Vaimela_(Pragi)_vallavalitsus, lk 5
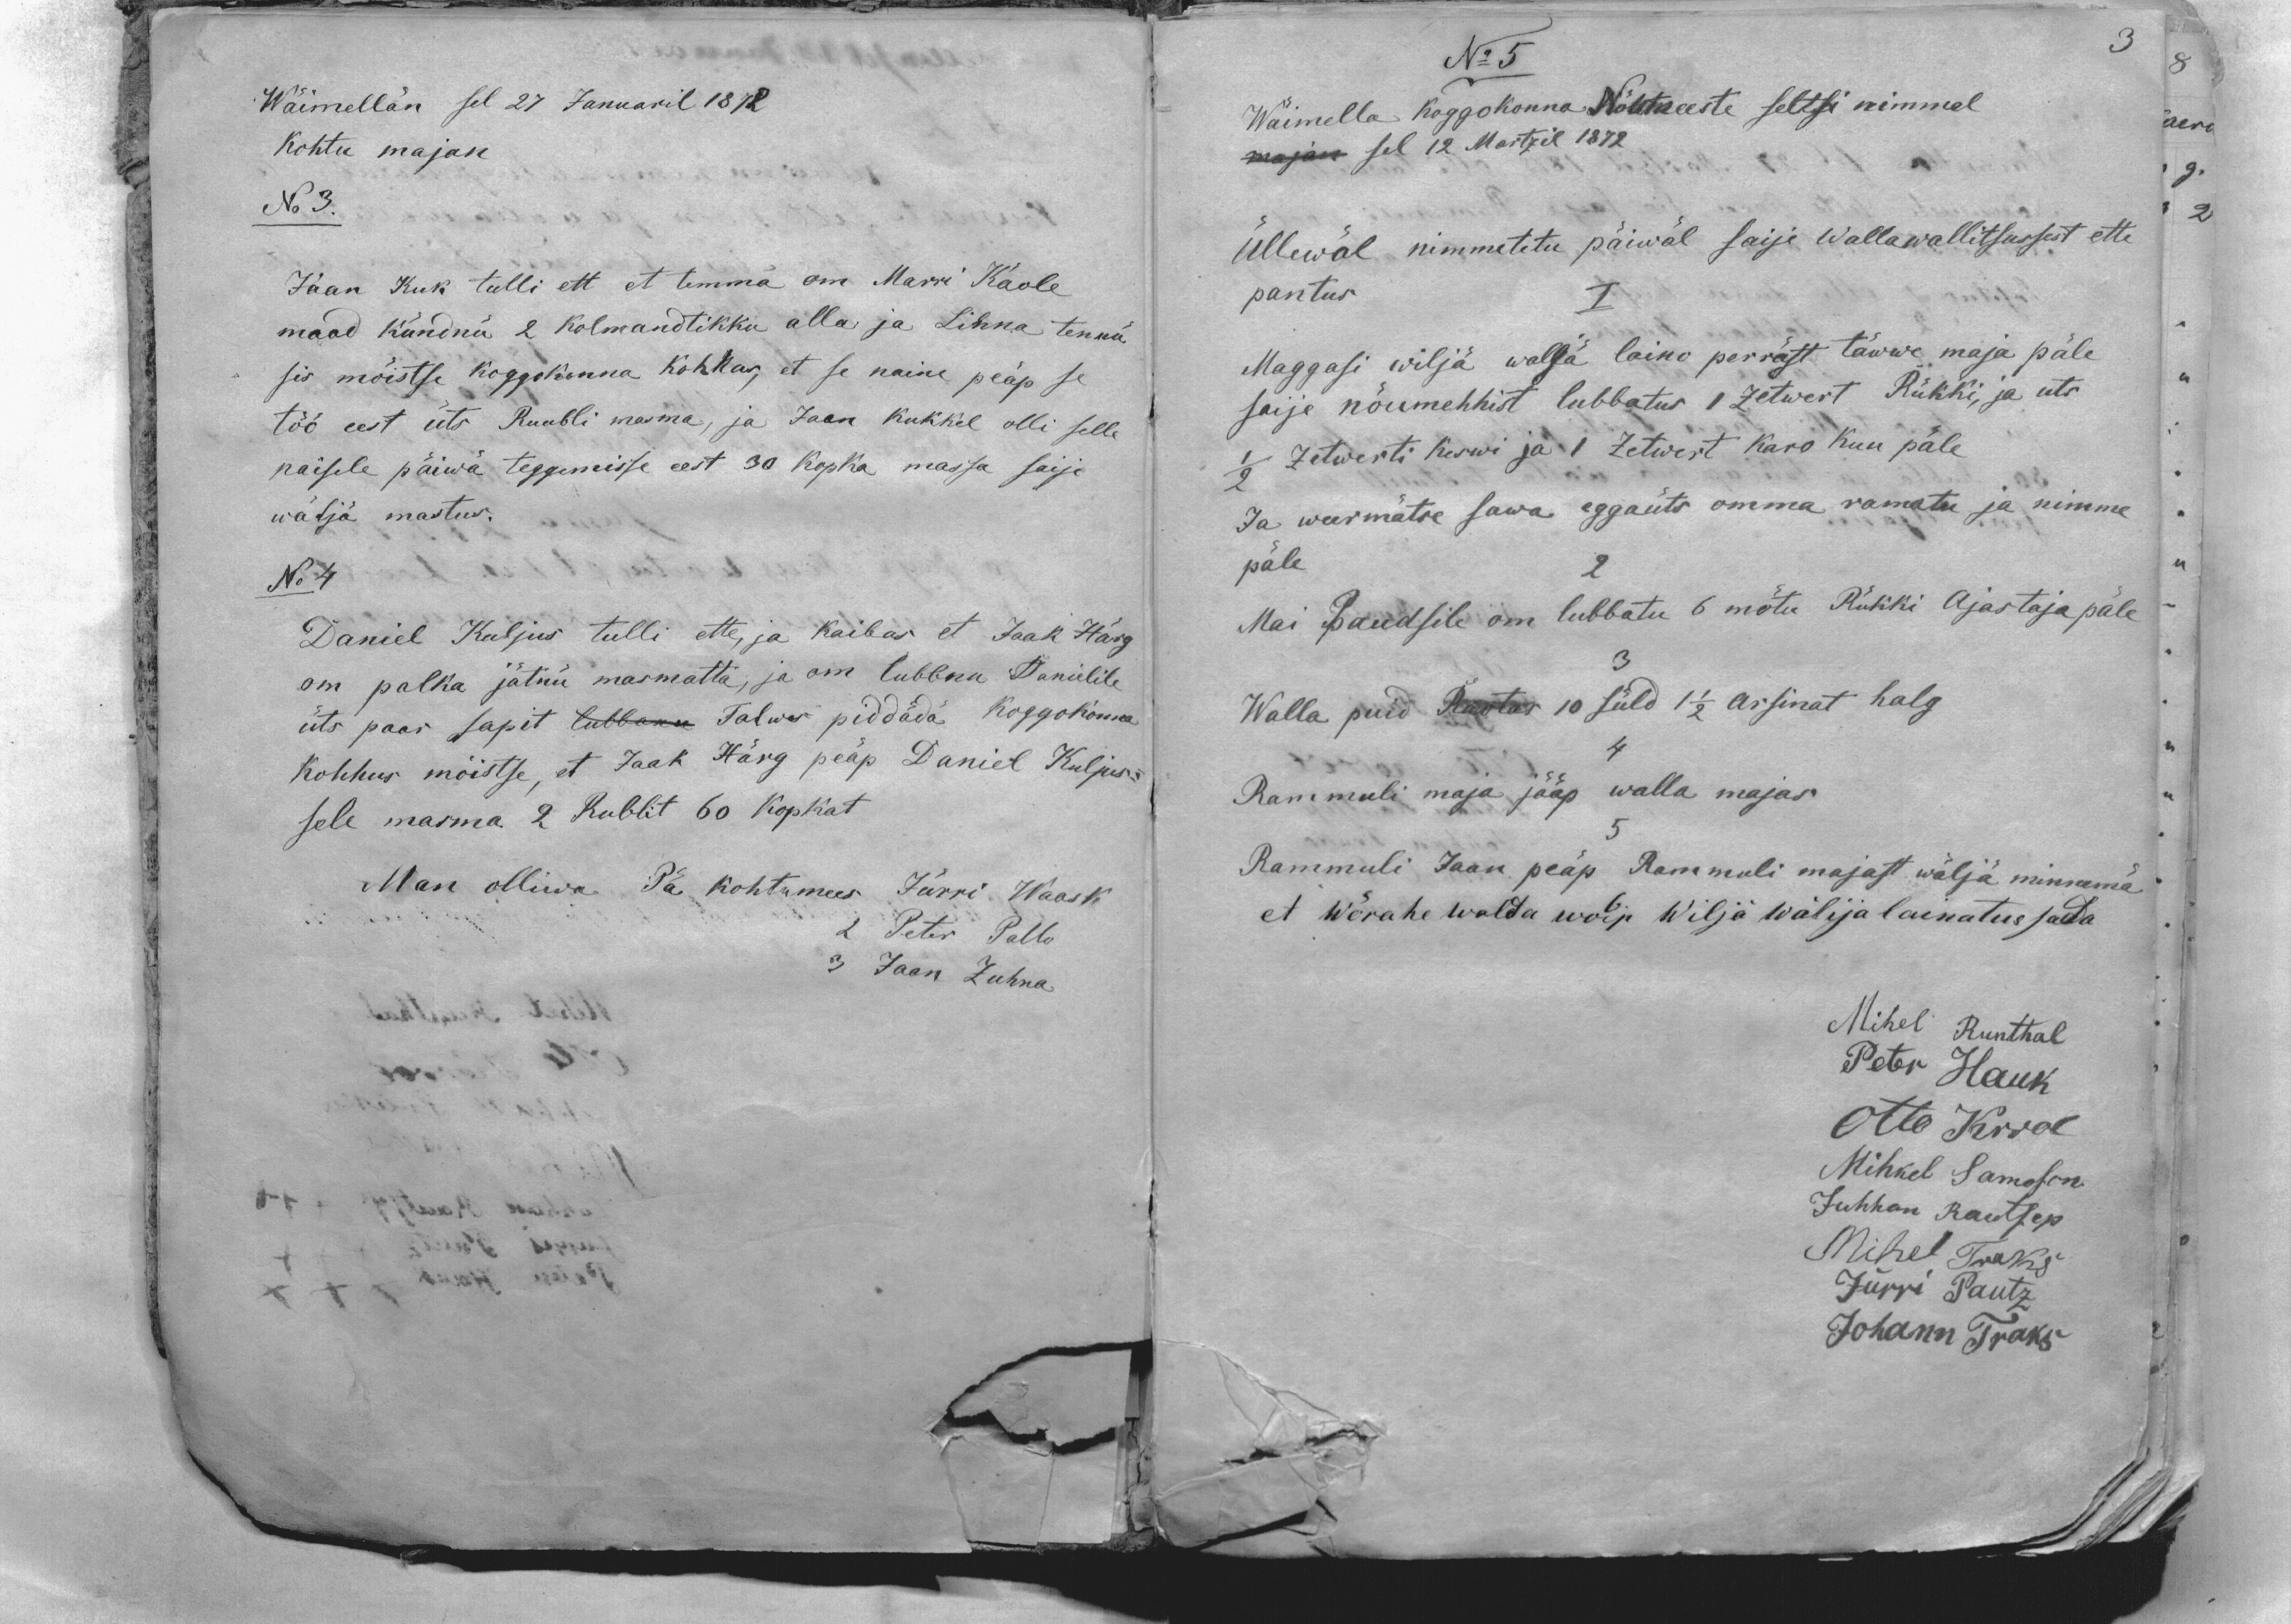
3

Wäimellän sel 27 Januaril 1872
Kohtu majan
No 3.
Jaan Kuk tulli ett et temma om Marri Käole
maad kündnü 2 kolmantlikku alla ja Lihna tennü
sis mõistse koggokonna kohhos, et se naine peäp se
töö eest üts Ruubli masma, ja Jaan Kukkel olli selle
naisele päiwä teggemisse eest 30 Kopka massa saije
wäljä mastus.
No 4
Daniel Kuljus tulli ette, ja kaibas et Jaak Härg
om palka jätnü masmatta, ja om lubbnu Danielile
üts paar sapit lubbanu Talwes piddädä Koggokonna
Kohhus mõistse, et Jaak Härg peap Daniel Kuljus-
sele masma 2 Rublit 60 kopkat
Man olliwa Pä kohtumees Jürri Waask
2 Peter Pallo
3 Jaan Zuhna

No 5
Wäimella koggokonna Nõumeeste seltsi nimmel
majan sel 12 Martzil 1872
Üllewäl nimmetetu päiwäl saije Wallawallitsussest ette
pantus.
I
Maggasi wiljä waljä laino perräst täwwe maja päle
saije nõumehhist lubbatus 1 Zetwert Rukki, ja üts
1/2 Zetwerti Keswi ja 1 Zetwert Karo Kuu päle
Ja weermätse sawa eggaüts omma ramatu ja nimme
päle
2
Mai Pandsile om lubbatu 6 mõtu Rükki Ajastaja päle
3
Walla puid Raotas 10 süld 1 1/2 arsinat halg
Rammuli maja jääp walla majaks
Rammuli Jaan peäp Rammuli majast wälja minnemä
et wõrahe walda woip Wiljä wälija lainatus sada
Mihel Runthal
Peter Hauk
Otto Krrol
Mihkel Samoson
Juhhan Rautsep
Mihel Traks
Jürri Paulz
Johann Traks